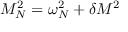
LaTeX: M _ { N } ^ { 2 } = \omega _ { N } ^ { 2 } + \delta M ^ { 2 }